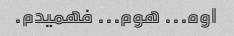
اوه... هوم... فهمیدم.